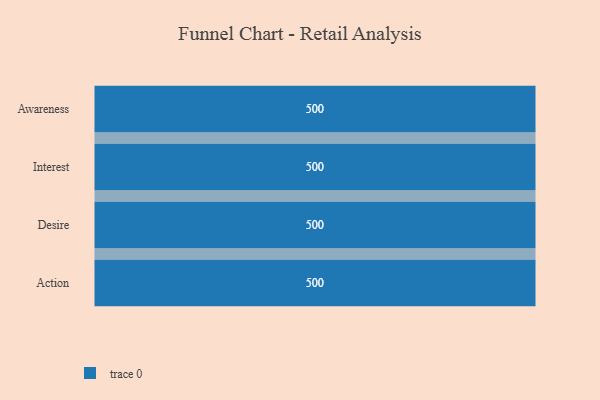
{"axis": {"x": "Stage", "y": "Value"}, "legend": [""], "data": [{"x": "Awareness", "y": 500, "type": ""}, {"x": "Interest", "y": 500, "type": ""}, {"x": "Desire", "y": 500, "type": ""}, {"x": "Action", "y": 500, "type": ""}]}